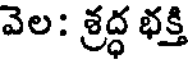
వెల: శ్రద్ధ భక్తి